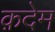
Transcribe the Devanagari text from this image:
क़देम